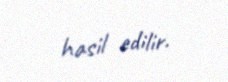
hasil edilir.